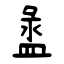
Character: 盝